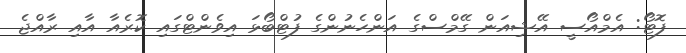
ފޮޓޯ: އެމްއޯސީ އޭޝިއަން ގޭމްސްގެ އަންހެނުންގެ ފުޓްބޯޅަ އިވެންޓްގައި ކޮރެއާ އާއި ރާއްޖެ